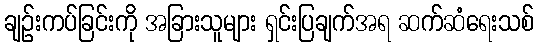
ချဉ်းကပ်ခြင်းကို အခြားသူများ ရှင်းပြချက်အရ ဆက်ဆံရေးသစ်